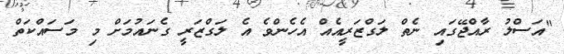
"އަސްލު ރާއްޖޭގައި ނެތް ލަގްޒަރީއެއް އެހެންވެ އެ ލަގްޒަރީ ގެނައުމަށް މި މަސައްކަތް